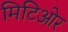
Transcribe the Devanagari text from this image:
मिटिओर